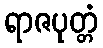
ရာဇပုတ္တံ